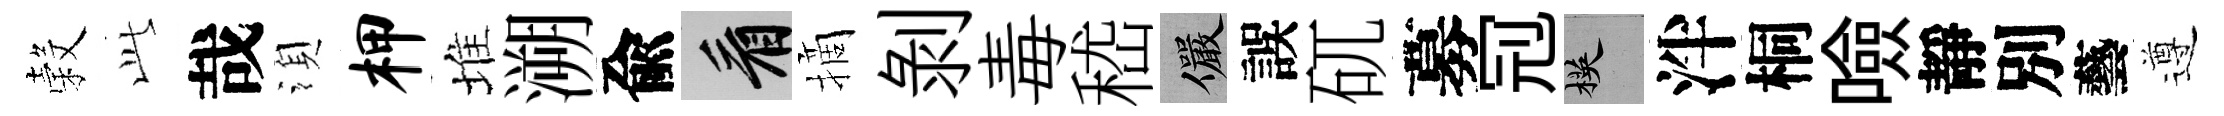
穀𬼘哉湏柙堆溯兪看摘剝毒嵇儼誤矹募𠜍楧泮桐噞靜別藝遵